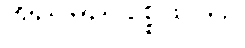
အညမညပစ္စယတာ